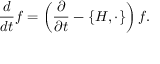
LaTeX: { \frac { d } { d t } } f = \left( { \frac { \partial } { \partial t } } - \{ H , \cdot \} \right) f .